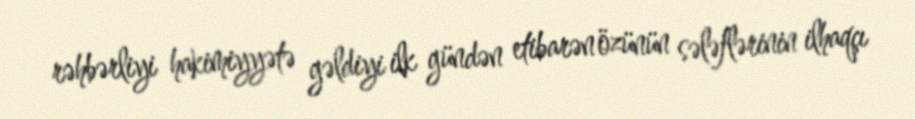
rəhbərliyi hakimiyyətə gəldiyi ilk gündən etibarən özünün sələflərinin ilhaqçı